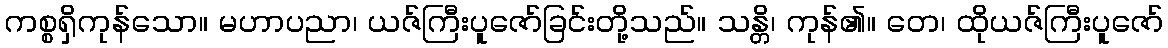
ကစ္စရှိကုန်သော။ မဟာပညာ၊ ယဇ်ကြီးပူဇော်ခြင်းတို့သည်။ သန္တိ၊ ကုန်၏။ တေ၊ ထိုယဇ်ကြီးပူဇော်